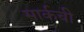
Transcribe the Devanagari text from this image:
सार्कची